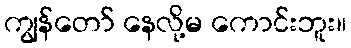
ကျွန်တော် နေလို့မ ကောင်းဘူး။